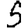
Digit: 5